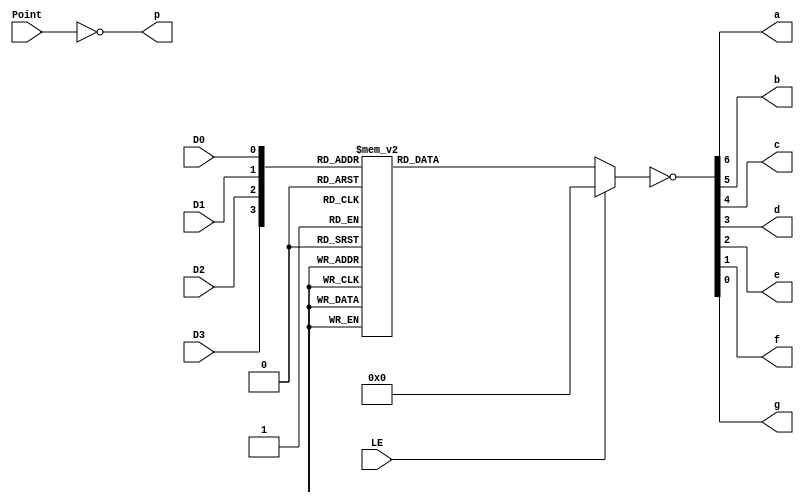
module MC14495(
    input wire LE,  // 0: enabled
    input wire D0,  // 1st digit
    input wire D1,  // 2nd digit
    input wire D2,  // 3rd digit
    input wire D3,  // 4th digit
    input wire Point,  // 1: activated
    output reg a, b, c, d, e, f, g,  // 0: activated
    output wire p  // 0: activated
);

    assign p = ~Point;

    reg [6:0] positiveHex;
    always @ * begin
        case ({D3, D2, D1, D0})
            4'b0000 :      	//Hexadecimal 0
                positiveHex = 7'b1111110;
            4'b0001 :    		//Hexadecimal 1
                positiveHex = 7'b0110000  ;
            4'b0010 :  		// Hexadecimal 2
                positiveHex = 7'b1101101 ; 
            4'b0011 : 		// Hexadecimal 3
                positiveHex = 7'b1111001 ;
            4'b0100 :		// Hexadecimal 4
                positiveHex = 7'b0110011 ;
            4'b0101 :		// Hexadecimal 5
                positiveHex = 7'b1011011 ;  
            4'b0110 :		// Hexadecimal 6
                positiveHex = 7'b1011111 ;
            4'b0111 :		// Hexadecimal 7
                positiveHex = 7'b1110000;
            4'b1000 :     		 //Hexadecimal 8
                positiveHex = 7'b1111111;
            4'b1001 :    		//Hexadecimal 9
                positiveHex = 7'b1111011 ;
            4'b1010 :  		// Hexadecimal A
                positiveHex = 7'b1110111 ; 
            4'b1011 : 		// Hexadecimal B
                positiveHex = 7'b0011111;
            4'b1100 :		// Hexadecimal C
                positiveHex = 7'b1001110 ;
            4'b1101 :		// Hexadecimal D
                positiveHex = 7'b0111101 ;
            4'b1110 :		// Hexadecimal E
                positiveHex = 7'b1001111 ;
            4'b1111 :		// Hexadecimal F
                positiveHex = 7'b1000111 ;
        endcase
        if (LE == 1'b1) begin
            positiveHex = 7'b0000000;
        end
        {a, b, c, d, e, f, g} = ~positiveHex;
    end

endmodule